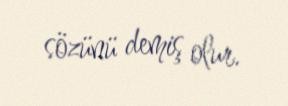
sözünü demiş olur.